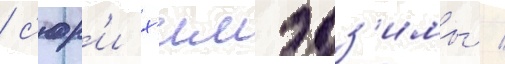
/ с'юр'и х'имэдз'имы /